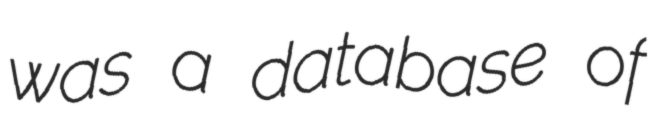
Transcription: was a database of